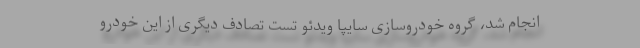
انجام شد، گروه خودروسازی سایپا ویدئو تست‌ تصادف دیگری از این خودرو